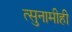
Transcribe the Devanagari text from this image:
त्सुनामीही